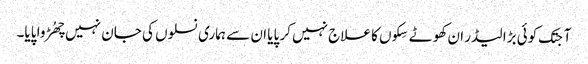
آجتک کوئی بڑا لیڈر ان کھوٹے سِکوں کا علاج نہیں کر پایا ان سے ہماری نسلوں کی جان نہیں چھُڑوا پایا۔